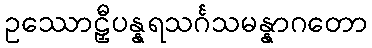
ဥဿောဠှီပန္နရသင်္ဂသမန္နာဂတော